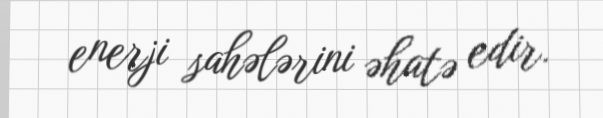
enerji sahələrini əhatə edir.